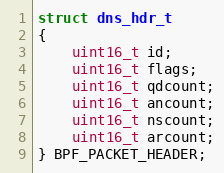
Language: C
struct dns_hdr_t
{
    uint16_t id;
    uint16_t flags;
    uint16_t qdcount;
    uint16_t ancount;
    uint16_t nscount;
    uint16_t arcount;
} BPF_PACKET_HEADER;